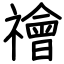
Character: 禬